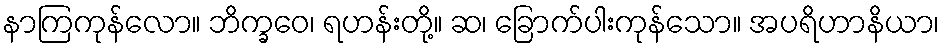
နာကြကုန်လော။ ဘိက္ခဝေ၊ ရဟန်းတို့။ ဆ၊ ခြောက်ပါးကုန်သော။ အပရိဟာနိယာ၊